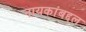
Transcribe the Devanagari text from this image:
नायकांबद्दल